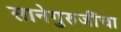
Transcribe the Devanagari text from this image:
सानेगुरुजींचा